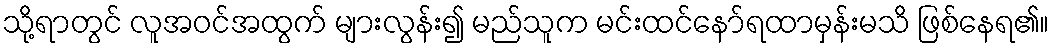
သို့ရာတွင် လူအဝင်အထွက် များလွန်း၍ မည်သူက မင်းထင်နော်ရထာမှန်းမသိ ဖြစ်နေရ၏။